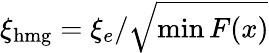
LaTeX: \xi_{\mathrm{hmg}}=\xi_{e}/\sqrt{\operatorname*{min}F(x)}